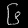
Digit: ၆